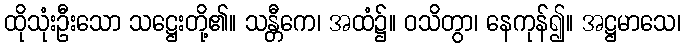
ထိုသုံးဦးသော သဋ္ဌေးတို့၏။ သန္တီကေ၊ အထံ၌။ ဝသိတွာ၊ နေကုန်၍။ အဋ္ဌမာသေ၊